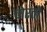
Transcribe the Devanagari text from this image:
चोरतो